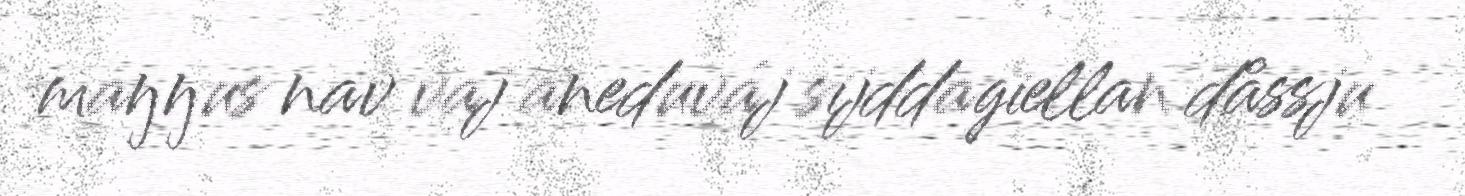
maŋŋus nav vaj aneduváj sijddagiellan dåssju